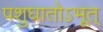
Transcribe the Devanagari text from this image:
पशुघातोऽभूत्‌